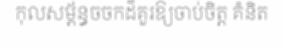
កុលសម្ព័ន្ធចចកដ៏គួរឱ្យចាប់ចិត្ត គំនិត